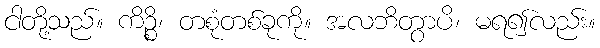
ငါတို့သည်။ ကိဉ္စိ၊ တစုံတစ်ခုကို။ အလဘိတွာပိ၊ မရ၍လည်း။